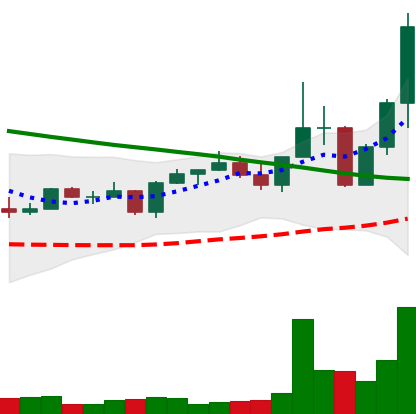
Ticker: EOS-USD
Chart end date: 2022-08-22
Forward return: -16.326%
Label: down_7plus